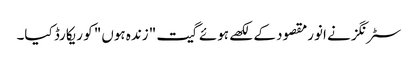
سٹرنگز نے انورمقصود کے لکھے ہوئے گیت "زندہ ہوں" کو ریکارڈ کیا۔